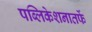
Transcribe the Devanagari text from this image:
पब्लिकेशनातर्फे